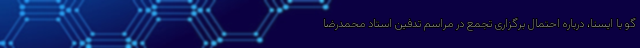
گو با ایسنا، درباره احتمال برگزاری تجمع در مراسم تدفین استاد محمدرضا